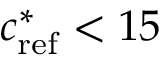
c _ { \mathrm { { r e f } } } ^ { * } < 1 5